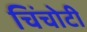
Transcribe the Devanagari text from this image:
चिंचोटी